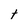
Character: t